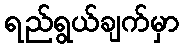
ရည်ရွယ်ချက်မှာ